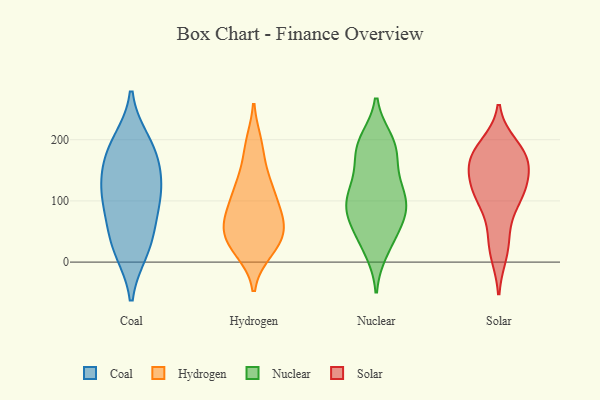
{"axis": {"x": "Population (Million)", "y": "Value"}, "legend": ["Coal", "Hydrogen", "Nuclear", "Solar"], "data": [{"x": "", "y": 26, "type": "Coal"}, {"x": "", "y": 21, "type": "Coal"}, {"x": "", "y": 173, "type": "Coal"}, {"x": "", "y": 55, "type": "Coal"}, {"x": "", "y": 113, "type": "Coal"}, {"x": "", "y": 181, "type": "Coal"}, {"x": "", "y": 113, "type": "Coal"}, {"x": "", "y": 137, "type": "Coal"}, {"x": "", "y": 195, "type": "Coal"}, {"x": "", "y": 95, "type": "Coal"}, {"x": "", "y": 69, "type": "Hydrogen"}, {"x": "", "y": 19, "type": "Hydrogen"}, {"x": "", "y": 187, "type": "Hydrogen"}, {"x": "", "y": 126, "type": "Hydrogen"}, {"x": "", "y": 62, "type": "Hydrogen"}, {"x": "", "y": 30, "type": "Hydrogen"}, {"x": "", "y": 50, "type": "Hydrogen"}, {"x": "", "y": 123, "type": "Hydrogen"}, {"x": "", "y": 36, "type": "Hydrogen"}, {"x": "", "y": 90, "type": "Hydrogen"}, {"x": "", "y": 50, "type": "Hydrogen"}, {"x": "", "y": 134, "type": "Hydrogen"}, {"x": "", "y": 99, "type": "Hydrogen"}, {"x": "", "y": 192, "type": "Hydrogen"}, {"x": "", "y": 73, "type": "Hydrogen"}, {"x": "", "y": 23, "type": "Hydrogen"}, {"x": "", "y": 18, "type": "Nuclear"}, {"x": "", "y": 99, "type": "Nuclear"}, {"x": "", "y": 79, "type": "Nuclear"}, {"x": "", "y": 96, "type": "Nuclear"}, {"x": "", "y": 132, "type": "Nuclear"}, {"x": "", "y": 58, "type": "Nuclear"}, {"x": "", "y": 91, "type": "Nuclear"}, {"x": "", "y": 198, "type": "Nuclear"}, {"x": "", "y": 53, "type": "Nuclear"}, {"x": "", "y": 56, "type": "Nuclear"}, {"x": "", "y": 175, "type": "Nuclear"}, {"x": "", "y": 130, "type": "Nuclear"}, {"x": "", "y": 196, "type": "Nuclear"}, {"x": "", "y": 181, "type": "Nuclear"}, {"x": "", "y": 106, "type": "Nuclear"}, {"x": "", "y": 167, "type": "Nuclear"}, {"x": "", "y": 200, "type": "Nuclear"}, {"x": "", "y": 84, "type": "Nuclear"}, {"x": "", "y": 114, "type": "Nuclear"}, {"x": "", "y": 22, "type": "Nuclear"}, {"x": "", "y": 110, "type": "Solar"}, {"x": "", "y": 125, "type": "Solar"}, {"x": "", "y": 156, "type": "Solar"}, {"x": "", "y": 117, "type": "Solar"}, {"x": "", "y": 175, "type": "Solar"}, {"x": "", "y": 190, "type": "Solar"}, {"x": "", "y": 171, "type": "Solar"}, {"x": "", "y": 43, "type": "Solar"}, {"x": "", "y": 165, "type": "Solar"}, {"x": "", "y": 98, "type": "Solar"}, {"x": "", "y": 14, "type": "Solar"}]}